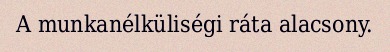
A munkanélküliségi ráta alacsony.